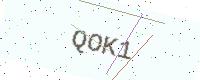
Text: QOK1